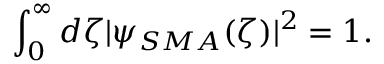
\int _ { 0 } ^ { \infty } d \zeta | \psi _ { S M A } ( \zeta ) | ^ { 2 } = 1 .